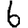
Digit: 6